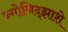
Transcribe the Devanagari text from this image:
न्गोनिद्झाशे